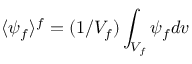
\langle \psi _ { f } \rangle ^ { f } = ( 1 / V _ { f } ) \int _ { V _ { f } } \psi _ { f } d v